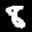
Label: 8